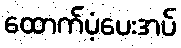
ထောက်ပံ့ပေးအပ်